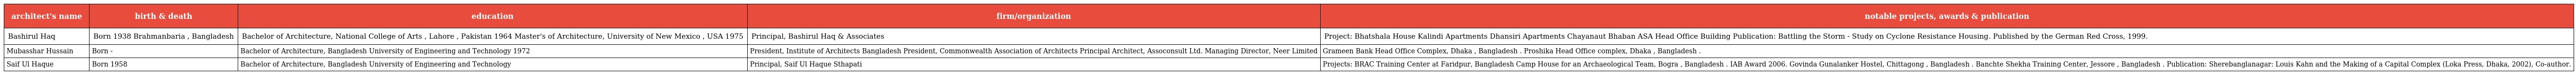
| architect's name | birth & death | education | firm/organization | notable projects, awards & publication |
 | --- | --- | --- | --- | --- |
 | Bashirul Haq | Born 1938 Brahmanbaria , Bangladesh | Bachelor of Architecture, National College of Arts , Lahore , Pakistan 1964 Master's of Architecture, University of New Mexico , USA 1975 | Principal, Bashirul Haq & Associates | Project: Bhatshala House Kalindi Apartments Dhansiri Apartments Chayanaut Bhaban ASA Head Office Building Publication: Battling the Storm - Study on Cyclone Resistance Housing. Published by the German Red Cross, 1999. |
 | Mubasshar Hussain | Born - | Bachelor of Architecture, Bangladesh University of Engineering and Technology 1972 | President, Institute of Architects Bangladesh President, Commonwealth Association of Architects Principal Architect, Assoconsult Ltd. Managing Director, Neer Limited | Grameen Bank Head Office Complex, Dhaka , Bangladesh . Proshika Head Office complex, Dhaka , Bangladesh . |
 | Saif Ul Haque | Born 1958 | Bachelor of Architecture, Bangladesh University of Engineering and Technology | Principal, Saif Ul Haque Sthapati | Projects: BRAC Training Center at Faridpur, Bangladesh Camp House for an Archaeological Team, Bogra , Bangladesh . IAB Award 2006. Govinda Gunalanker Hostel, Chittagong , Bangladesh . Banchte Shekha Training Center, Jessore , Bangladesh . Publication: Sherebanglanagar: Louis Kahn and the Making of a Capital Complex (Loka Press, Dhaka, 2002), Co-author. |